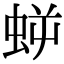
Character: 𧊜